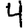
Digit: 4